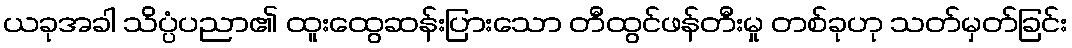
ယခုအခါ သိပ္ပံပညာ၏ ထူးထွေဆန်းပြားသော တီထွင်ဖန်တီးမှု တစ်ခုဟု သတ်မှတ်ခြင်း